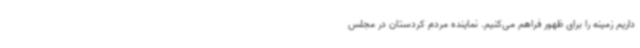
داریم زمینه را برای ظهور فراهم می‌کنیم. نماینده مردم کردستان در مجلس